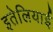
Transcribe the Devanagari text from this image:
इतेलियाई